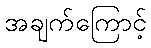
အချက်ကြောင့်